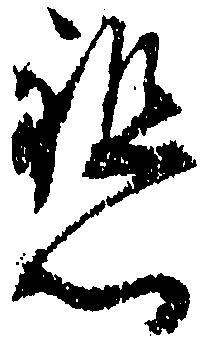
懇